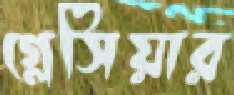
গ্লেসিয়ার